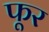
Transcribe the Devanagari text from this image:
फूर